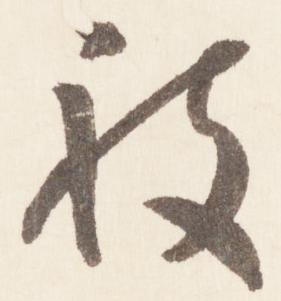
被